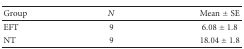
<table><thead><tr><td><b>Group</b></td><td><b><i>N</i></b></td><td><b>Mean ± SE</b></td></tr></thead><tbody><tr><td>EFT</td><td>9</td><td>6.08 ± 1.8</td></tr><tr><td>NT</td><td>9</td><td>18.04 ± 1.8</td></tr></tbody></table>